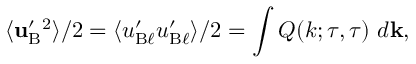
\langle { { \bf { u } } _ { \mathrm { { B } } } ^ { \prime } { } ^ { 2 } } \rangle / 2 = \langle { u _ { \mathrm { { B } } \ell } ^ { \prime } u _ { \mathrm { { B } } \ell } ^ { \prime } } \rangle / 2 = \int Q ( k ; \tau , \tau ) \ d { \bf { k } } ,